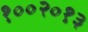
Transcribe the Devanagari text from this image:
१००२०१३